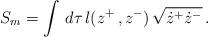
LaTeX: \begin{align*}S_{m} = \int\, d\tau\,l(z^{+}\,,z^{-})\,\sqrt{\dot{z}^{+}\dot{z}^{-}} \,.\end{align*}